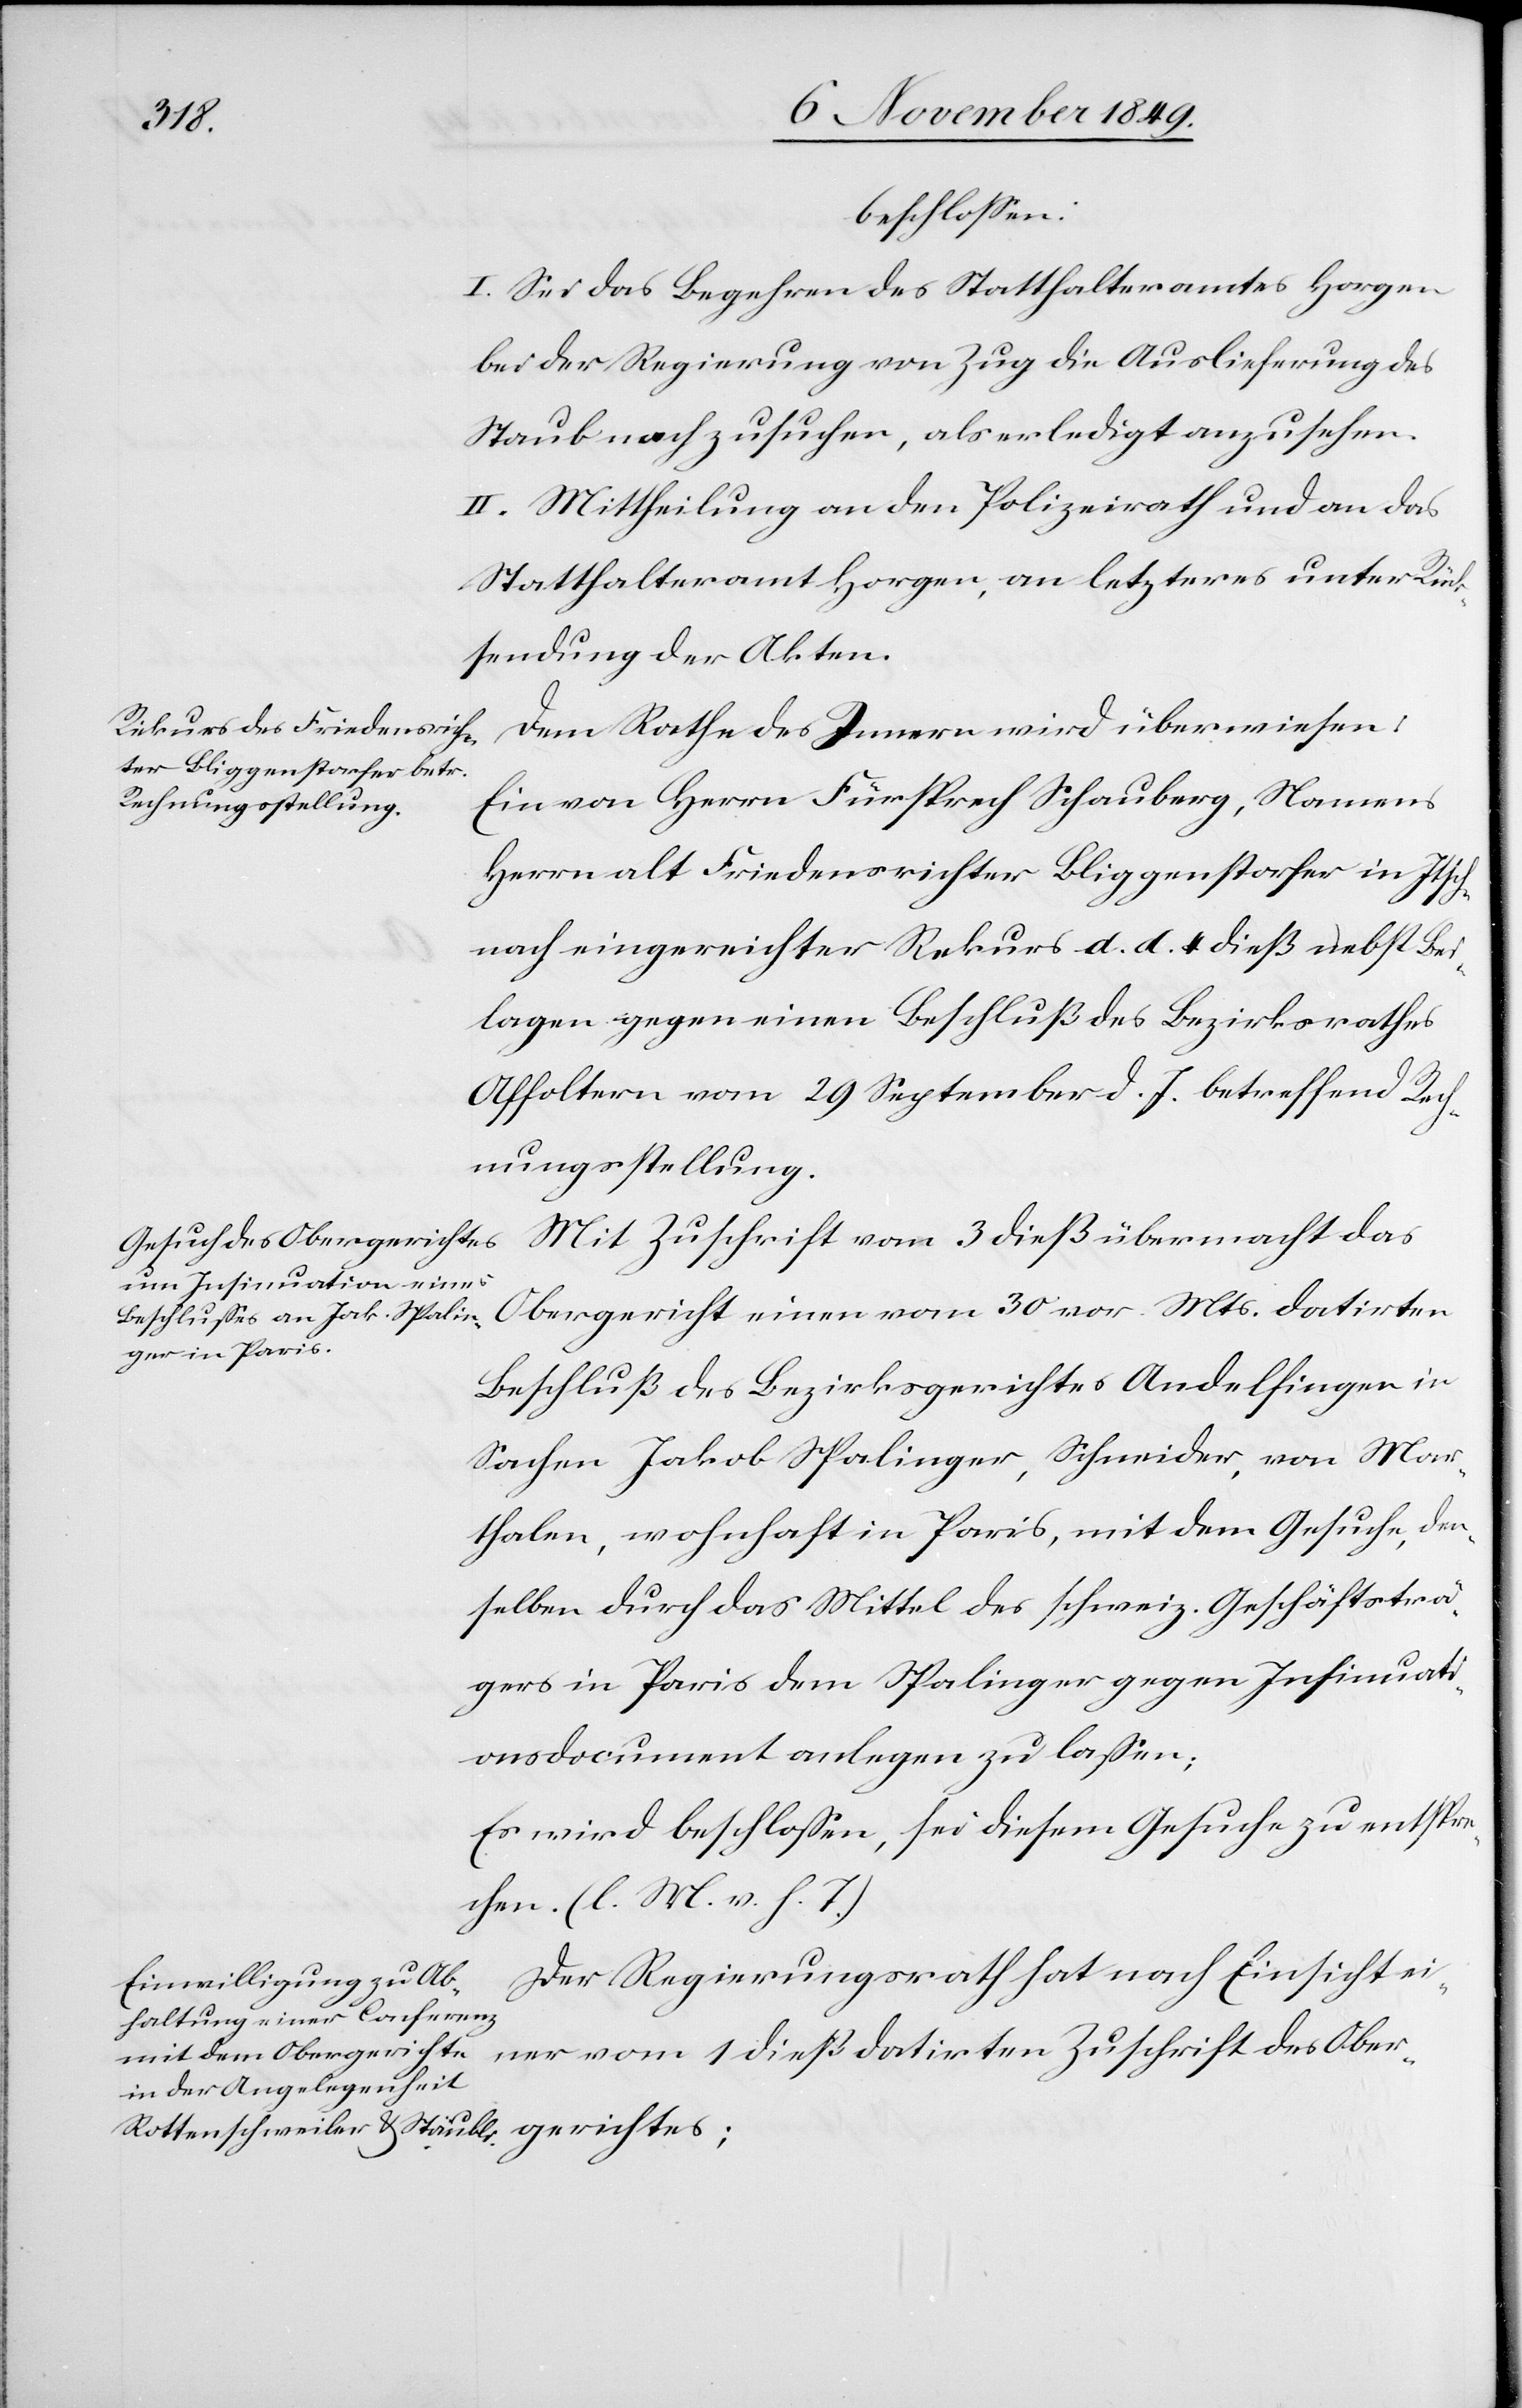
erichtes;
beschloßen:
I. Sei das Begehren des Statthalteramtes Horgen
bei der Regierung von Zug die Auslieferung des
Staub nachzusuchen, als erledigt anzusehen.
II. Mittheilung an den Polizeirath und an das
Statthalteramt Horgen, an letzteres unter Rück¬
sendung der Akten.
Dem Rathe des Innern wird überwiesen:
Ein von Herrn Fürsprech Schauberg, Namens
Herrn alt Friedensrichter Bliggenstorfer in Itsch¬
nach eingereichter Rekurs d. d. 4 dieß nebst Bei¬
lagen gegen einen Beschluß des Bezirksrathes
Affoltern vom 29 September d. J. betreffend Rech¬
nungsstellung.
Mit Zuschrift vom 3 dieß übermacht das
Obergericht einen vom 30 vor. Mts. datirten
Beschluß des Bezirksgerichtes Andelfingen in
Sachen Jakob Spalinger, Schneider, von Mar¬
thalen, wohnhaft in Paris, mit dem Gesuche, den¬
selben durch das Mittel des schweiz. Geschäftsträ¬
gers in Paris dem Spalinger gegen Insinuati¬
onsdocument anlegen zu laßen;
Es wird beschloßen, sei diesem Gesuche zu entspre¬
chen. [l. M. v. h. T]
Der Regierungsrath hat nach Einsicht ei¬
ner vom 1 dieß datirten Zuschrift des Oberg¬